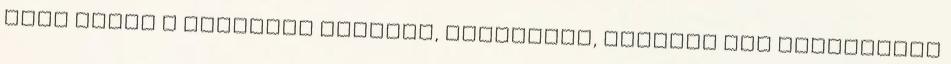
most jönne a szokásos elemzés, értékelés, érzelem dús természeti